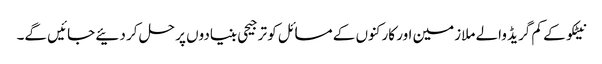
نیٹکو کے کم گریڈ والے ملازمین اور کارکنوں کے مسائل کو ترجیحی بنیادوں پر حل کر دئیے جائیں گے۔